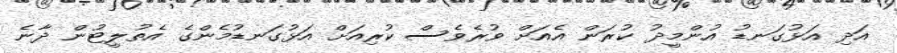
އަދި އަޅުގަނޑު އުންމީދު ކުރަން އެއަށް ވުރެވެސް ކުރިއަށް އަޅުގަނޑުމެންގެ އެތުލީޓުން ދާނެ